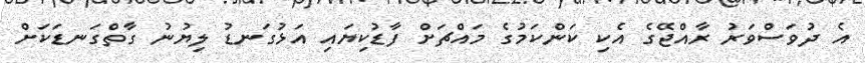
އެ ދުވަސްވަރު ރާއްޖޭގެ އެކި ކަންކަމުގެ މައްޗަށް ފާޑުކިޔައި އަޅުގަނޑު ލިޔުނު ގާތްގަނޑަކަށް